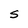
Character: S